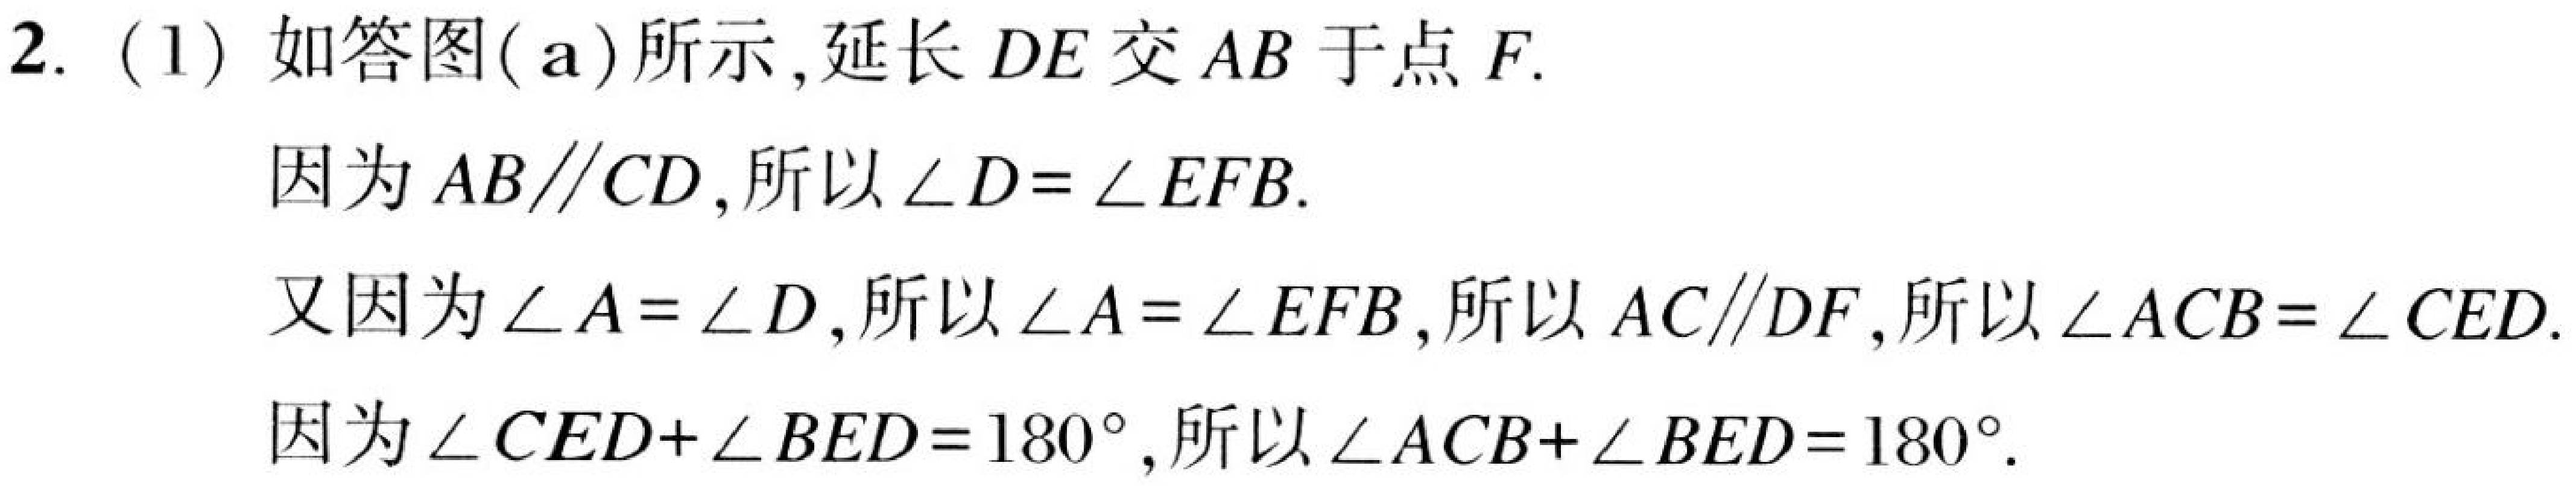
2. (1) 如答图(a)所示,延长\(DE\)交\(AB\)于点\(F\).
因为\(AB\parallel CD\),所以\(\angle D = \angle EFB\).
又因为\(\angle A=\angle D\),所以\(\angle A = \angle EFB\),所以\(AC\parallel DF\),所以\(\angle ACB=\angle CED\).
因为\(\angle CED+\angle BED = 180^{\circ}\),所以\(\angle ACB+\angle BED = 180^{\circ}\).